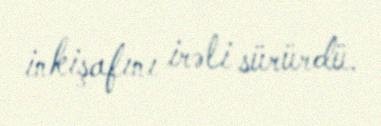
inkişafını irəli sürürdü.